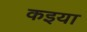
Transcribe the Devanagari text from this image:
कइया